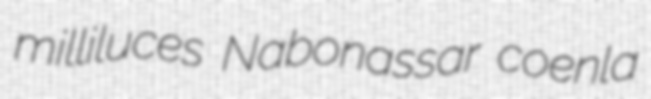
milliluces Nabonassar coenla